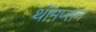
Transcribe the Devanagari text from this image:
थॉमप्सन